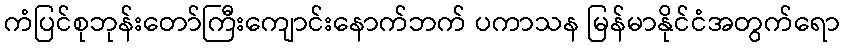
ကံပြင်စုဘုန်းတော်ကြီးကျောင်းနောက်ဘက် ပကာသန မြန်မာနိုင်ငံအတွက်ရော